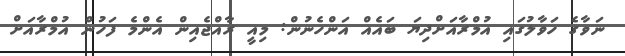
ނަވާގެ ހަވާލުގައި އުމްރާއަށްދިޔަ ބައެއް އަންހެނުން: މިއީ ރާއްޖެއިން އެންމެ ފަހުން އުމްރާއަށް